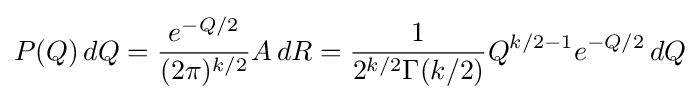
P(Q)\,dQ={\frac {e^{-Q/2}}{(2\pi )^{k/2}}}A\,dR={\frac {1}{2^{k/2}\Gamma (k/2)}}Q^{k/2-1}e^{-Q/2}\,dQ